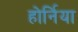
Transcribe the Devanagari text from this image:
होर्निया